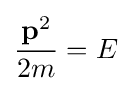
{\frac {\mathbf {p} ^{2}}{2m}}=E